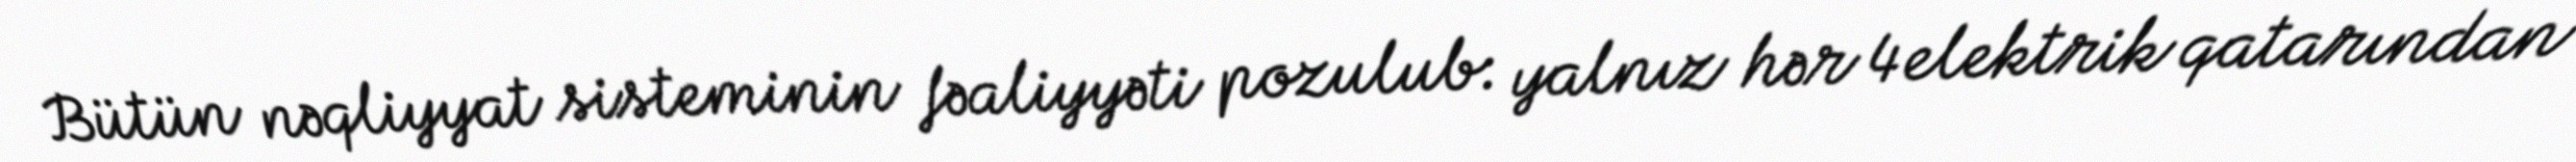
Bütün nəqliyyat sisteminin fəaliyyəti pozulub: yalnız hər 4 elektrik qatarından